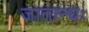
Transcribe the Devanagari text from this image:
जातान्धः